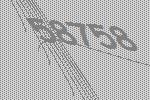
58758